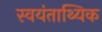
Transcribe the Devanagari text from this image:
स्वयंताथ्यिक